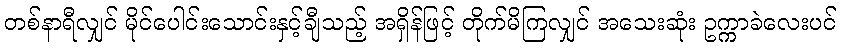
တစ်နာရီလျှင် မိုင်ပေါင်းသောင်းနှင့်ချီသည့် အရှိန်ဖြင့် တိုက်မိကြလျှင် အသေးဆုံး ဥက္ကာခဲလေးပင်